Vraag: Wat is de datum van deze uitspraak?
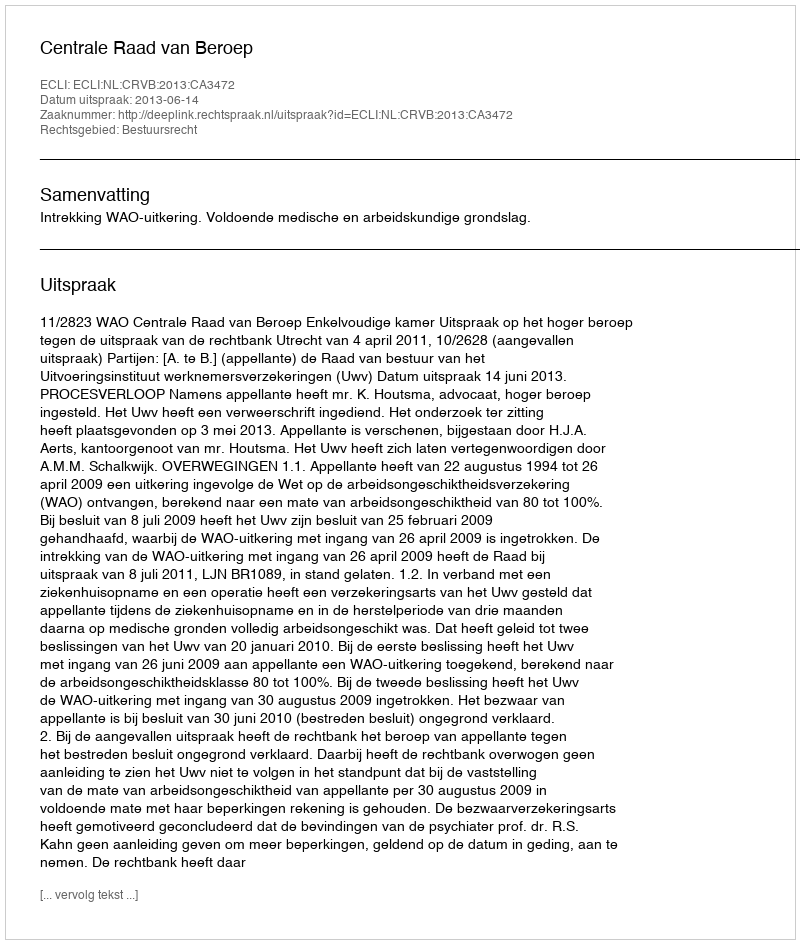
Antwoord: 2013-06-14